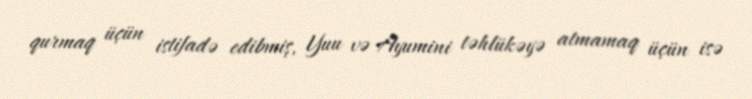
qurmaq üçün istifadə edibmiş, Yuu və Ayumini təhlükəyə atmamaq üçün isə